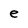
Character: e